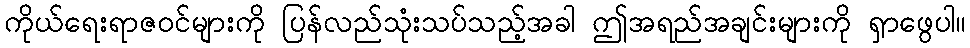
ကိုယ်ရေးရာဇဝင်များကို ပြန်လည်သုံးသပ်သည့်အခါ ဤအရည်အချင်းများကို ရှာဖွေပါ။